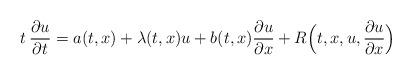
LaTeX: \begin{align*} t \,\frac{\partial u}{\partial t} = a(t,x)+ \lambda(t,x)u+ b(t,x) \frac{\partial u}{\partial x} + R \Bigl( t,x,u, \frac{\partial u}{\partial x} \Bigr)\end{align*}